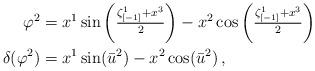
LaTeX: \begin{align*}\varphi^{2} & =x^{1}\sin\left(\tfrac{\zeta_{[-1]}^{1}+x^{3}}{2}\right)-x^{2}\cos\left(\tfrac{\zeta_{[-1]}^{1}+x^{3}}{2}\right)\\\delta(\varphi^{2}) & =x^{1}\sin(\bar{u}^{2})-x^{2}\cos(\bar{u}^{2})\,,\end{align*}